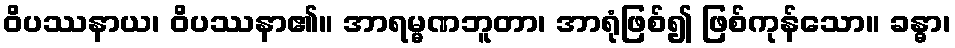
ဝိပဿနာယ၊ ဝိပဿနာ၏။ အာရမ္မဏဘူတာ၊ အာရုံဖြစ်၍ ဖြစ်ကုန်သော။ ခန္ဓာ၊